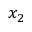
x _ { 2 }